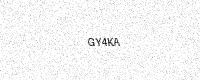
Text: GY4KA